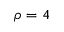
\rho = 4